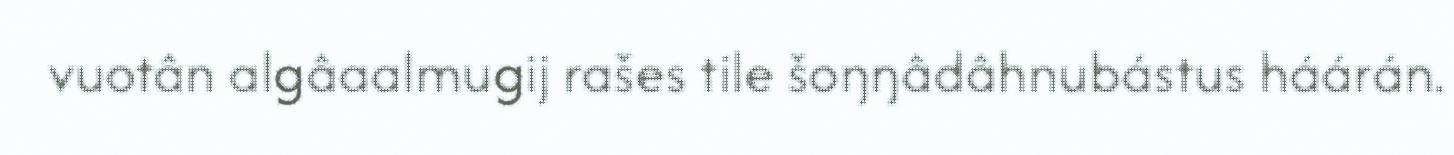
vuotân algâaalmugij rašes tile šoŋŋâdâhnubástus háárán.